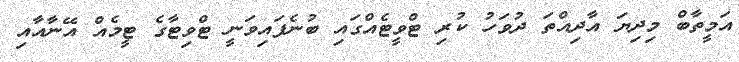
އަމީތާބް މިދިޔަ އާދިއްތަ ދުވަހު ކުރި ޓްވީޓެއްގައި ބުނެފައިވަނީ ޓްވިޓާގެ ޓީމެއް އޭނާއާއި